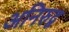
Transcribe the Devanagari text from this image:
अनिरुद्व